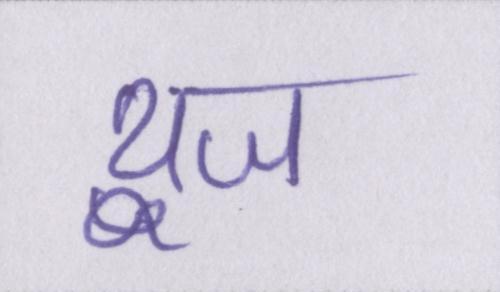
यूज